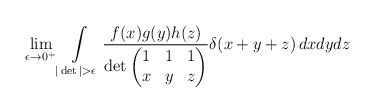
\begin{align*}\lim_{\epsilon\to 0^+} \int_{|\det| > \epsilon}\limits \frac{f(x)g(y)h(z)}{\det\begin{pmatrix}1 & 1 & 1\\ x & y & z \end{pmatrix}} \delta(x+y+z)\, dxdydz\end{align*}